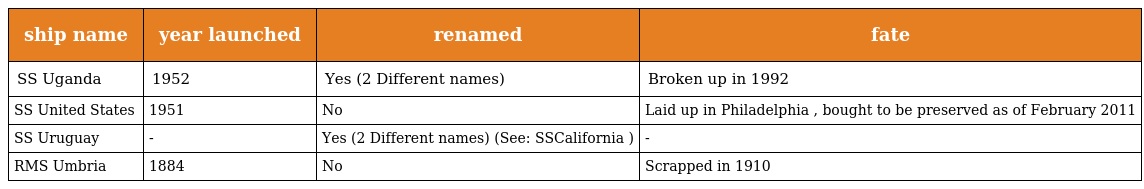
| ship name | year launched | renamed | fate |
 | --- | --- | --- | --- |
 | SS Uganda | 1952 | Yes (2 Different names) | Broken up in 1992 |
 | SS United States | 1951 | No | Laid up in Philadelphia , bought to be preserved as of February 2011 |
 | SS Uruguay | - | Yes (2 Different names) (See: SSCalifornia ) | - |
 | RMS Umbria | 1884 | No | Scrapped in 1910 |